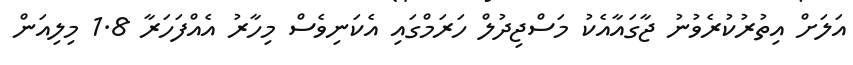
އަލަށް އިތުރުކުރެވުނު ޖާގައާއެކު މަސްޖިދުލް ހަރަމްގައި އެކަނިވެސް މިހާރު އެއްފަހަރާ 1.8 މިލިއަން